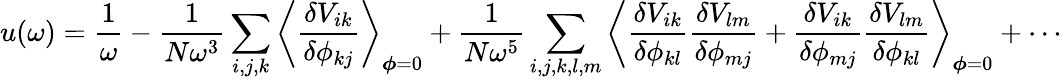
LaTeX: u(\omega)=\frac{1}{\omega}-\frac{1}{N\omega^{3}}\sum_{i,j,k}\left\langle\frac{\delta V_{ik}}{\delta\phi_{kj}}\right\rangle_{\boldsymbol{\phi}=0}+\frac{1}{N\omega^{5}}\sum_{i,j,k,l,m}\left\langle\frac{\delta V_{ik}}{\delta\phi_{kl}}\frac{\delta V_{lm}}{\delta\phi_{mj}}+\frac{\delta V_{ik}}{\delta\phi_{mj}}\frac{\delta V_{lm}}{\delta\phi_{kl}}\right\rangle_{\boldsymbol{\phi}=0}+\cdots